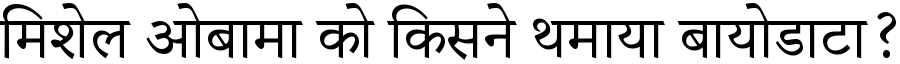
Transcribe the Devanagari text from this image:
मिशेल ओबामा को किसने थमाया बायोडाटा?